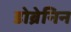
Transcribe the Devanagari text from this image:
डोब्रेनिन